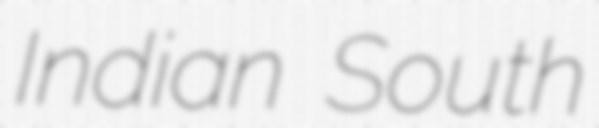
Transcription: Indian South